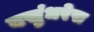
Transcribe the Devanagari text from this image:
वसुंधरेस